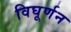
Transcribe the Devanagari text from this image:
विघूर्णन